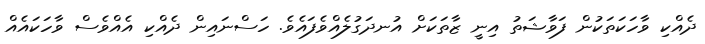
ދެއްކި ވާހަކަތަކުން ފަވާޝަތު އިނީ ޒާތަކަށް އުނދަގުލެއްވެފައެވެ. ހަސްނައިން ދެއްކި އެއްވެސް ވާހަކައެއް